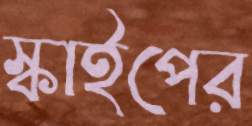
স্কাইপের